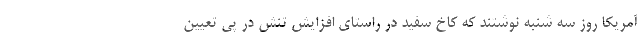
آمریکا روز سه شنبه نوشتند که کاخ سفید در راستای افزایش تنش در پی تعیین